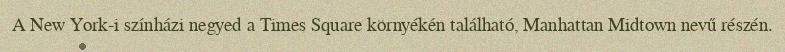
A New York-i színházi negyed a Times Square környékén található, Manhattan Midtown nevű részén.